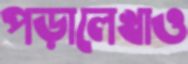
পড়ালেখাও